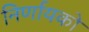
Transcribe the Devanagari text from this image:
निर्णायको